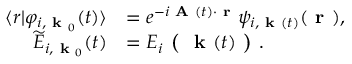
\begin{array} { r l } { \langle r \lvert \varphi _ { i , \textbf { k } _ { 0 } } ( t ) \rangle } & { = e ^ { - i \textbf { A } ( t ) \cdot \textbf { r } } \psi _ { i , \textbf { k } ( t ) } ( \textbf { r } ) , } \\ { \widetilde { E } _ { i , \textbf { k } _ { 0 } } ( t ) } & { = E _ { i } \textbf { ( } \textbf { k } ( t ) \textbf { ) } . } \end{array}